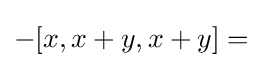
-[x,x+y,x+y]=